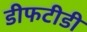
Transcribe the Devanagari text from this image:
डीफटीडी